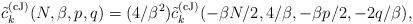
LaTeX: \begin{align*} \tilde{c}_k^{(\rm cJ)} (N,\beta, p , q ) = (4/\beta^2) \tilde{c}_k^{(\rm cJ)}(- \beta N/2,4/\beta, - \beta p/2 ,- 2 q / \beta),\end{align*}